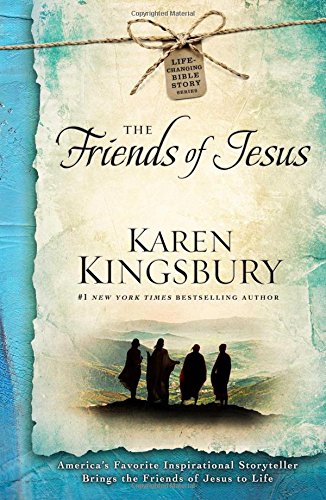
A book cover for The Friends of Jesus (Life-Changing Bible Study Series); Karen Kingsbury; Christian Books & Bibles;